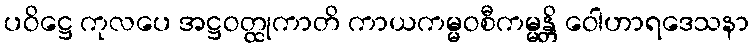
ပဝိဋ္ဌေ ကုလပေ အဋ္ဌဝတ္ထုကာတိ ကာယကမ္မဝစီကမ္မန္တိ ဝေါဟာရဒေသနာ